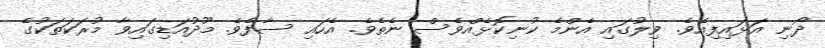
ދޯނި އަޅައިފިއެވެ. ވިލުގައި އެންމެ ކުނިކޮޅެއްވެސް ނެތެވެ. އެހައި ސާފެވެ. މޫދުއަޑިގައިވާ މުރަކަތަކުގެ